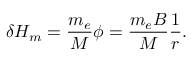
\delta H _ { m } = \frac { m _ { e } } { M } \phi = \frac { m _ { e } B } { M } \frac { 1 } { r } .